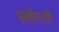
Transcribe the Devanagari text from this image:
सर्वपाशै